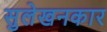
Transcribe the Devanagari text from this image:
सुलेखनकार